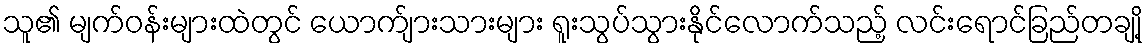
သူ၏ မျက်ဝန်းများထဲတွင် ယောက်ျားသားများ ရူးသွပ်သွားနိုင်လောက်သည့် လင်းရောင်ခြည်တချို့